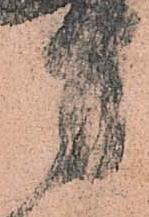
方